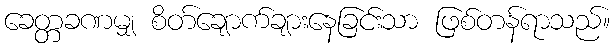
ခေတ္တခဏမျှ စိတ်ချောက်ချားနေခြင်းသာ ဖြစ်တန်ရာသည်။